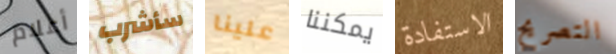
أعلام سأشرب علينا يمكننا الاستفادة التصريح